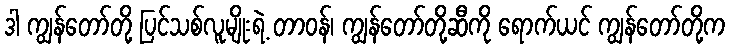
ဒါ ကျွန်တော်တို့ ပြင်သစ်လူမျိုးရဲ့ တာဝန်၊ ကျွန်တော်တို့ဆီကို ရောက်ယင် ကျွန်တော်တို့က